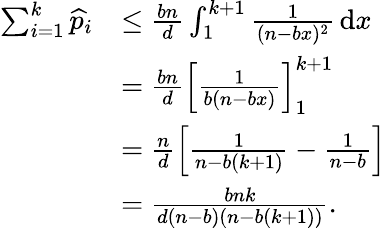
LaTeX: \begin{array}{rl}{\sum_{i=1}^{k}\widehat{p}_{i}}&{\leq\frac{bn}{d}\int_{1}^{k+1}\frac{1}{(n-bx)^{2}}\, \mathrm{d}x}\\ &{=\frac{bn}{d}\left[\frac{1}{b(n-bx)}\right]_{1}^{k+1}}\\ &{=\frac{n}{d}\left[\frac{1}{n-b(k+1)}-\frac{1}{n-b}\right]}\\ &{=\frac{bnk}{d(n-b)(n-b(k+1))}.}\end{array}